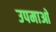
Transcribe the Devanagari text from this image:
उपमाआें